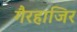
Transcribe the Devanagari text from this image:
गैरहाजिर